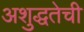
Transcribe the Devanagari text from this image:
अशुद्धतेची